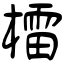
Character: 檑